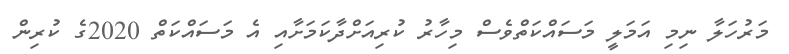
މަރުހަލާ ނިމި އަމަލީ މަސައްކަތްވެސް މިހާރު ކުރިއަށްދާކަމަށާއި އެ މަސައްކަތް 2020ގެ ކުރިން